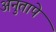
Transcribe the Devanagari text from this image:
अनुतापे